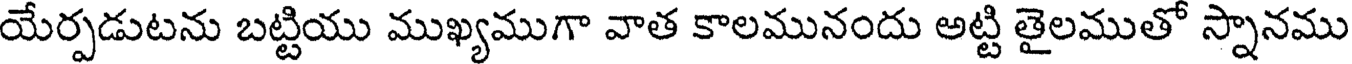
యేర్పడుటను బట్టియు ముఖ్యముగా వాత కాలమునందు అట్టి తైలముతో స్నానము